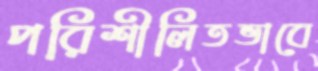
পরিশীলিতভাবে